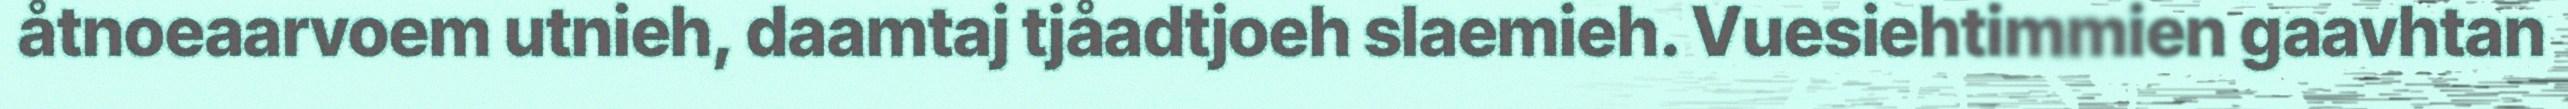
åtnoeaarvoem utnieh, daamtaj tjåadtjoeh slaemieh. Vuesiehtimmien gaavhtan